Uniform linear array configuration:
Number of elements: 4
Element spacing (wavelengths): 1
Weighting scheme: hamming
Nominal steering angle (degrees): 45
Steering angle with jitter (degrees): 46.051
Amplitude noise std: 0.05
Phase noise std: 0.05

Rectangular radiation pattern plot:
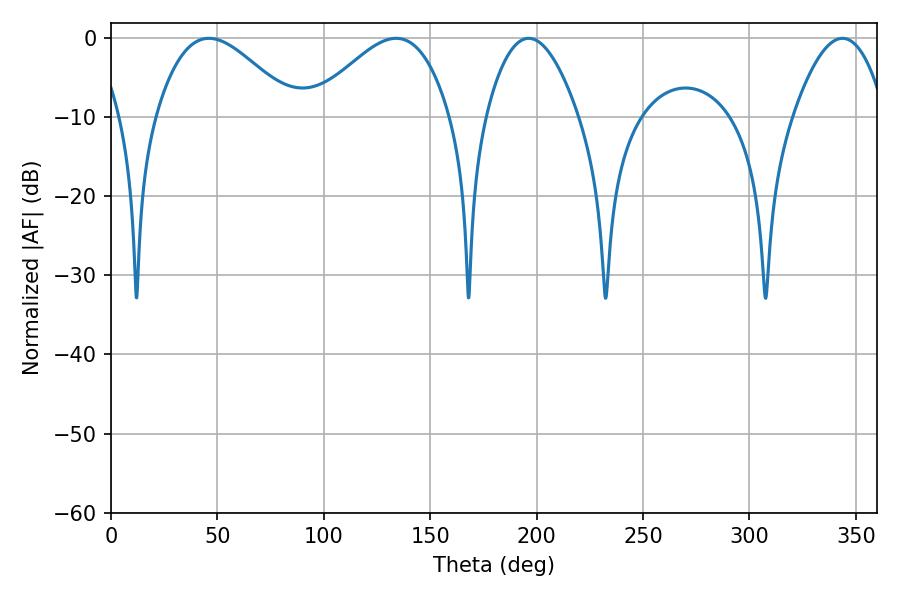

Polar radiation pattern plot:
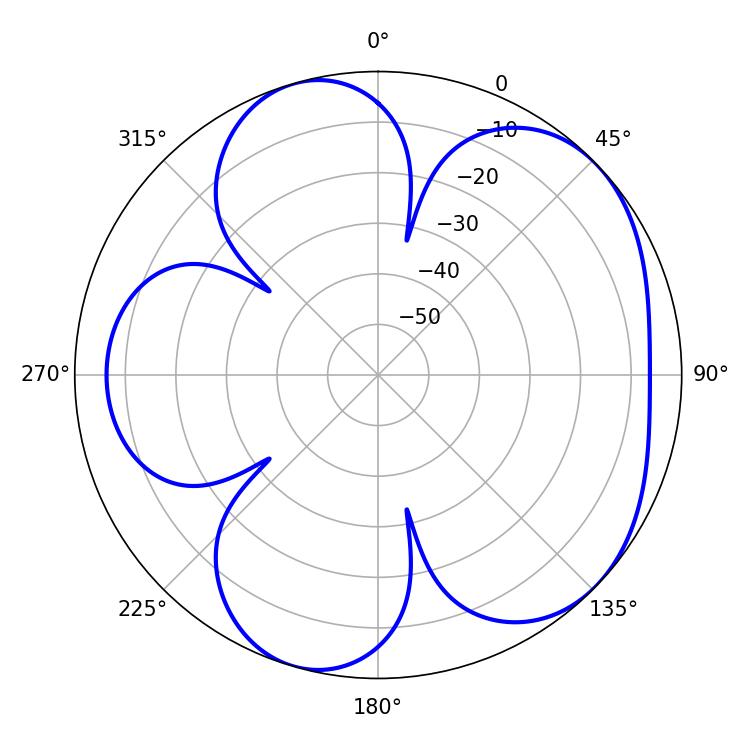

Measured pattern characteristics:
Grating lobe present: TRUE
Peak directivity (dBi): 5.115
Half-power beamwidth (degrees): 35.1
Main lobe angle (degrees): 46.08